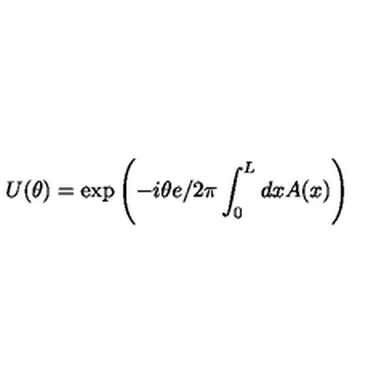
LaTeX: U ( \theta ) = \exp \left( - i \theta { e } / { 2 \pi } \int _ { 0 } ^ { L } d x A ( x ) \right)